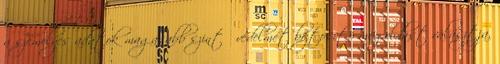
a személyes adatok magasabb szintű védelmét biztosító megoldást választja,